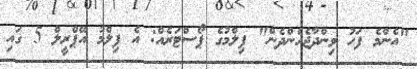
"އެންމެ ފަހު ވިންދާޖެހެންދެން" ފިލްމުގެ ޕޯސްޓަރެއް: އެ ފިލްމު އޭޕްރީލް 5 ގައި